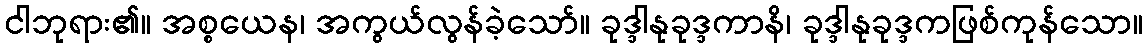
ငါဘုရား၏။ အစ္စယေန၊ အကွယ်လွန်ခဲ့သော်။ ခုဒ္ဒါနုခုဒ္ဒကာနိ၊ ခုဒ္ဒါနုခုဒ္ဒကဖြစ်ကုန်သော။